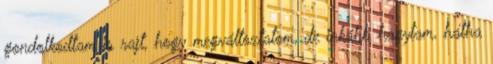
gondolkodtam is rajt, hogy megváltoztatom, de inkább hagytam, hátha